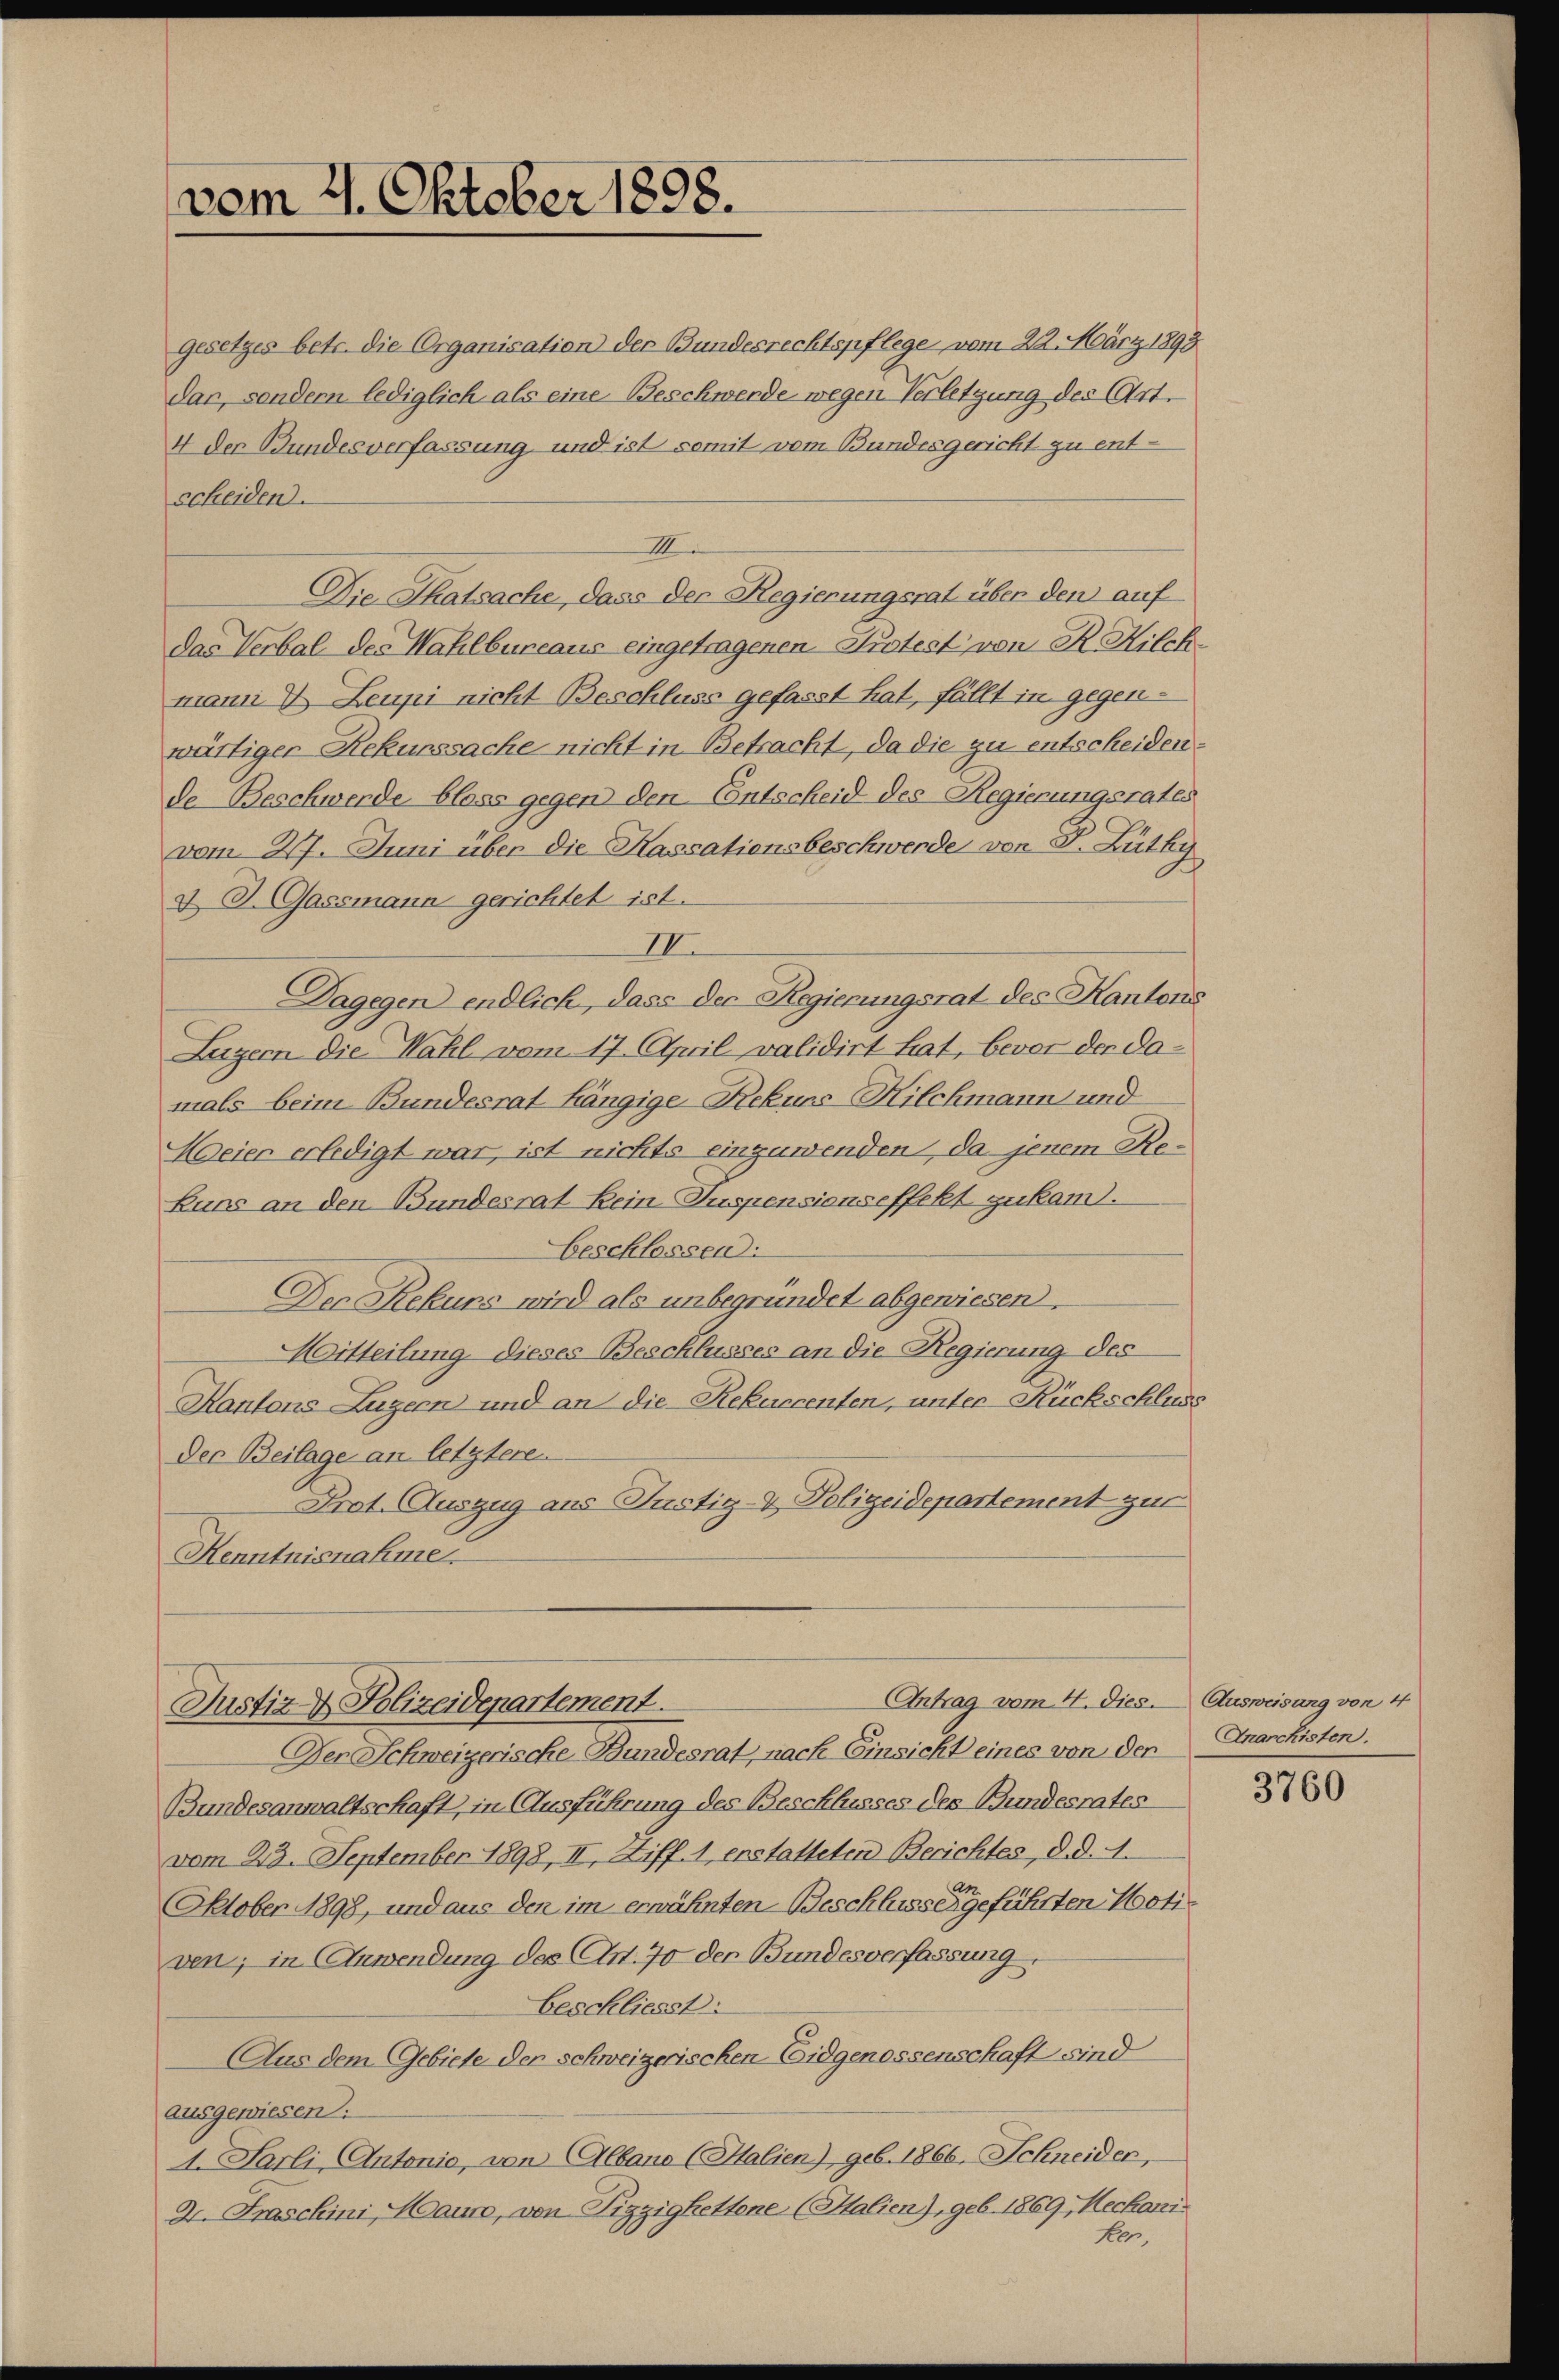
vom 2. Oktober 1898.

Gesetzes betr. die Organisation der Bundesrechtspflege vom 22. März 1893
dar, sondern lediglich als eine Beschwerde wegen Verletzung des Art.
4 der Bundesverfassung und ist somit vom Bundesgericht zu ent-
scheiden.
III.
Die Thatsache, dass der Regierungsrat über den auf
das Verbal des Wahlbureaus eingetragenen Protest von R. Hilchmann & Leupi nicht Beschluss gefasst hat, fällt in gegenwärtiger Rekurssache nicht in Betracht, da die zu entscheiden:
de Beschwerde bloss gegen den Entscheid des Regierungsrates
vom 27. Juni über die Kassationsbeschwerde von P. Lüthy
& B. Gassmann gerichtet ist.
II.
Dagegen endlich, dass der Regierungsrat des Kantons
Luzern die Wahl vom 17. April validirt hat, bevor der damals beim Bundesrat hängige Rekurs-Hilchmann und
Weier erledigt war, ist nichts einzuwenden, da jenem Re¬
Luns an den Bundesrat kein Suspensions effekt zukam.
beschlossen.
Der Rekurs wird als unbegründet abgewiesen.
Mitteilung dieses Beschlusses an die Regierung des
Kantons Luzern und an die Rekuccenten, unter Rückschluss
Der Beilage an letztere
Prot. Auszug aus Justiz- & Polizeidepartement zur
Kenntnisnahme
Antrag vom 4. dies. Ausweisung von 4
Justiz & Polizeidepartement.
Der Schweizerische Bundesrat, nach Einsicht eines von der
Bundesanwaltschaft, in Ausführung des Beschlusses des Bundesrates
vom 23. September 1898, II. Ziff. 1, erstatteten Berichtes, d. d. 4.
Oktober 1898, und aus den im erwähnten Beschluss eigeführten Motiven; in Anwendung des Art. 70 der Bundesverfassung
beschliesst:
Aus dem Gebiete der schweizerischen Eidgenossenschaft sind
ausgewiesen.
1. Parli, Antonio, von Albano (Halien), geb. 1866. Schneider,
2. Fraschini, Maun, von Pizzigkettone (Halien), geb. 1869, Mechani

ken

5

Anarchisten.

3760